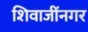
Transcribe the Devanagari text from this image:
शिवाजींनगर